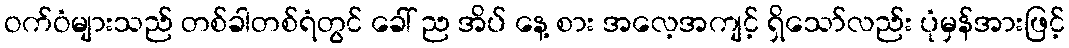
ဝက်ဝံများသည် တစ်ခါတစ်ရံတွင် ခေါ် ည အိပ် နေ့ စား အလေ့အကျင့် ရှိသော်လည်း ပုံမှန်အားဖြင့်